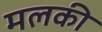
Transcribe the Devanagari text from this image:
मलकी